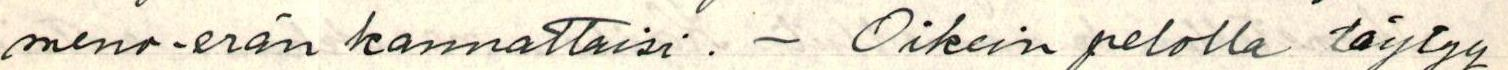
meno-erän kannattaisi. - Oikein pelolla täytyy